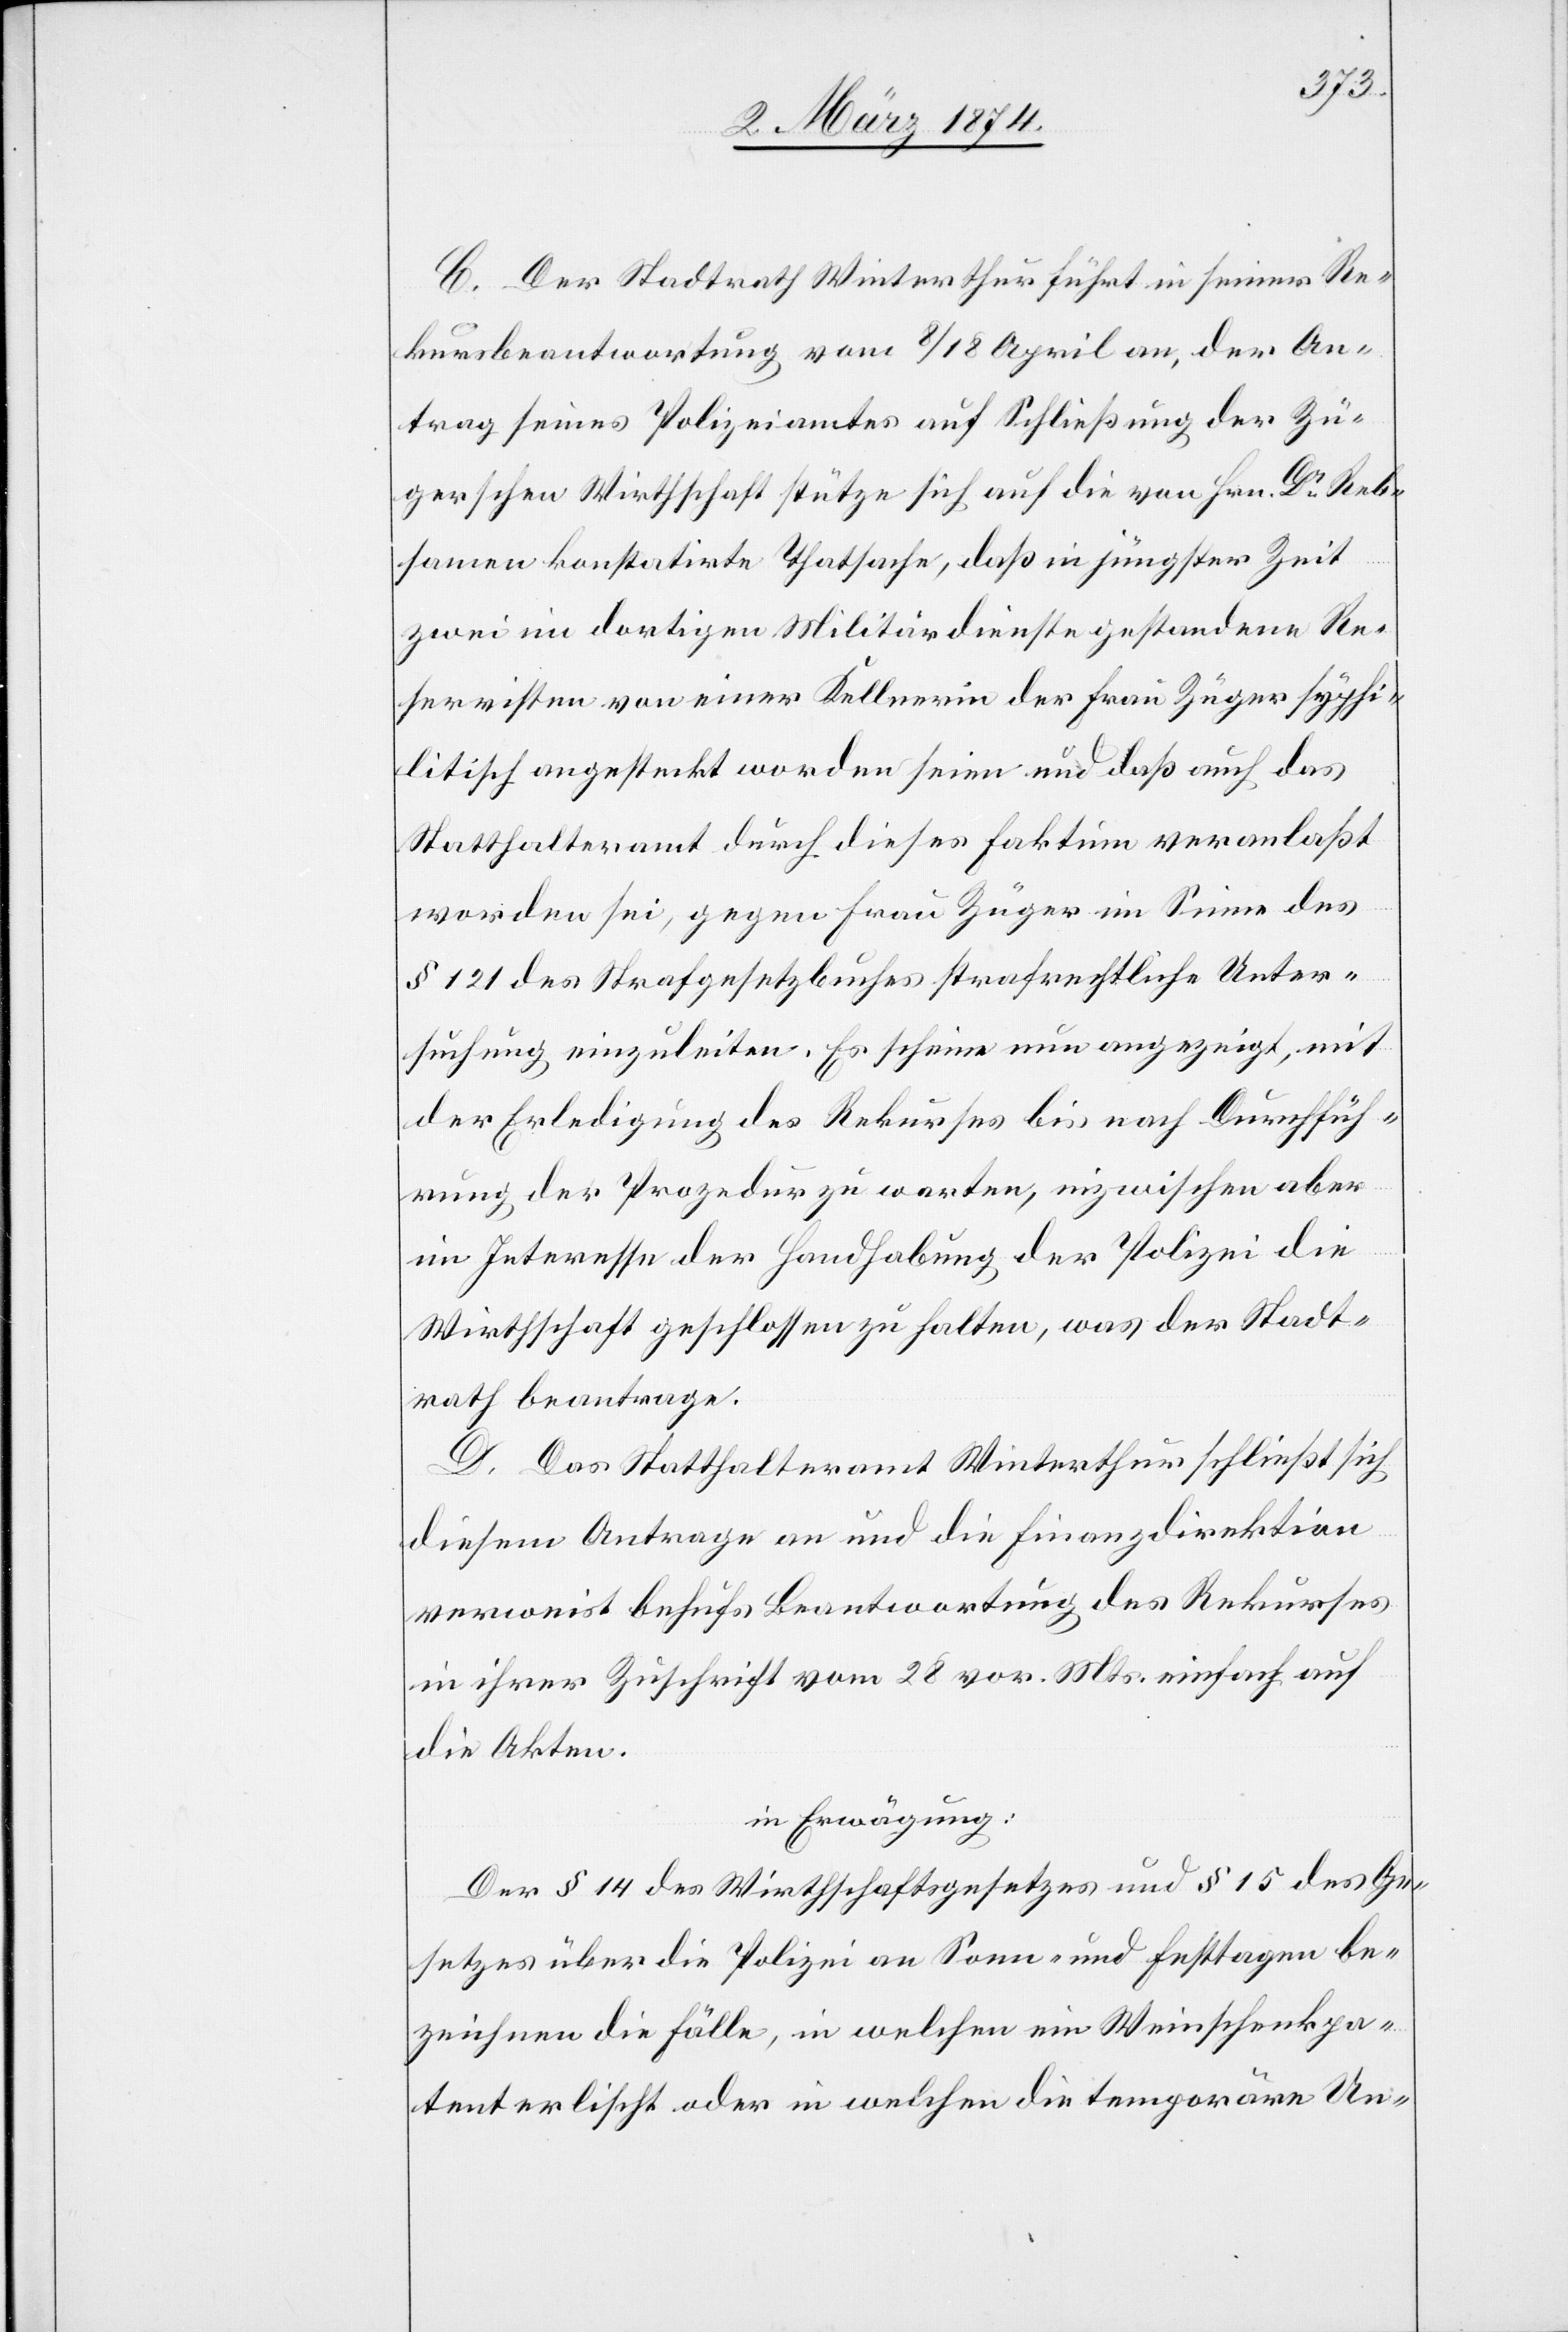
C. Der Stadtrath Winterthur führt in seiner Re¬
kursbeantwortung vom 8./18. April an, der An¬
trag seines Polizeiamtes auf Schließung der Zü¬
gerschen Wirthschaft stütze sich auf die von Hrn. Dr Reb¬
samen konstatirte Thatsache, daß in jüngster Zeit
zwei im dortigen Militärdienste gestandenen Re¬
servisten von einer Kellnerin der Frau Züger syphi¬
litisch angesteckt worden seien und daß auch das
Statthalteramt durch dieses Faktum veranlaßt
worden sei, gegen Frau Züger im Sinne des
§ 121 des Strafgesetzbuches strafrechtliche Unter¬
suchung einzuleiten. Es scheine nun angezeigt, mit
der Erledigung des Rekurses bis nach Durchfüh¬
rung der Prozedur zu warten inzwischen aber
im Interesse der Handhabung der Polizei die
Wirtschaft geschlossen zu halten, was der Stadt¬
rath beantrage.
D. Das Statthalteramt Winterthur schließt sich
diesem Antrag an und die Finanzdirektion
verweist behufs Beantwortung des Rekurses
in ihrer Zuschrift vom 28. vor. Mts. einfach auf
die Akten.
in Erwägung:
Der § 14 des Wirthschaftsgesetzes und § 15 des Ge¬
setzes über die Polizei an Sonn- und Festtagen be¬
zeichnen die Fälle, in welchen ein Weinschenkpa¬
tent erlischt oder in welchen die temporäre Un-